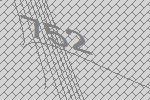
752